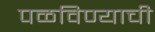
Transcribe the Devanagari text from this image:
पळविण्याची